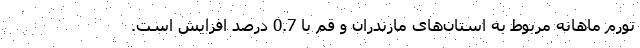
تورم ماهانه مربوط به استان‌های مازندران و قم با 0.7 درصد افزایش است.